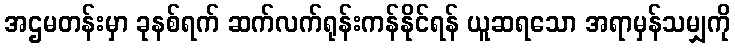
အဌမတန်းမှာ ခုနစ်ရက် ဆက်လက်ရုန်းကန်နိုင်ရန် ယူဆရသော အရာမှန်သမျှကို